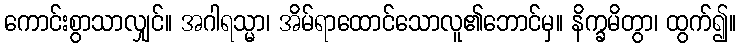
ကောင်းစွာသာလျှင်။ အဂါရသ္မာ၊ အိမ်ရာထောင်သောလူ၏ဘောင်မှ။ နိက္ခမိတွာ၊ ထွက်၍။